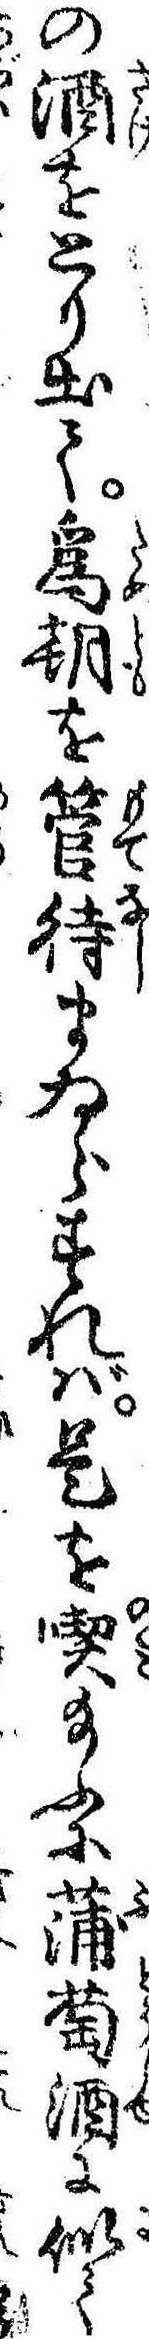
の酒をとり出て為朝を管待まゐらすれば是を喫給ふに蒲萄酒に似て